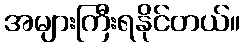
အများကြီးရနိုင်တယ်။